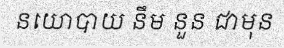
នយោបាយ នឹម នួន ជាមុន